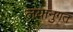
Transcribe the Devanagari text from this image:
लयानुगत